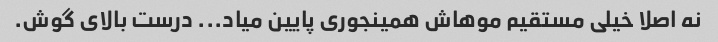
نه اصلا خیلی مستقیم موهاش همینجوری پایین میاد... درست بالای گوش.